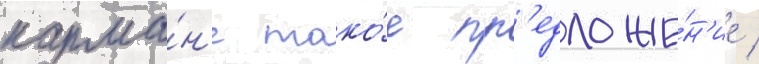
карма́н'е тако́е пр'едложе́н'ие /